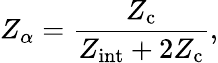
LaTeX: Z_{\alpha}=\frac{Z_{\mathrm{c}}}{Z_{\mathrm{int}}+2Z_{\mathrm{c}}},